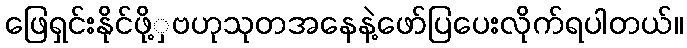
ဖြေရှင်းနိုင်ဖို့ှဗဟုသုတအနေနဲ့ဖော်ပြပေးလိုက်ရပါတယ်။